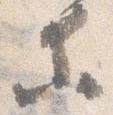
等